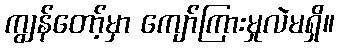
ကျွန်တော့်မှာ ကျော်ကြားမှုလဲမရှိ။